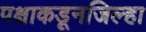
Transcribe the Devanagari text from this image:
पक्षाकडूनजिल्हा